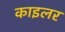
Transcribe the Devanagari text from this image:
काइलर